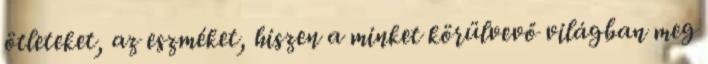
ötleteket, az eszméket, hiszen a minket körülvevő világban meg